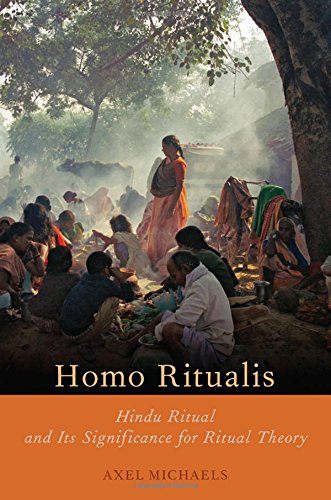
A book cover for Homo Ritualis: Hindu Ritual and Its Significance for Ritual Theory (Oxford Ritual Studies); Axel Michaels; Religion & Spirituality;